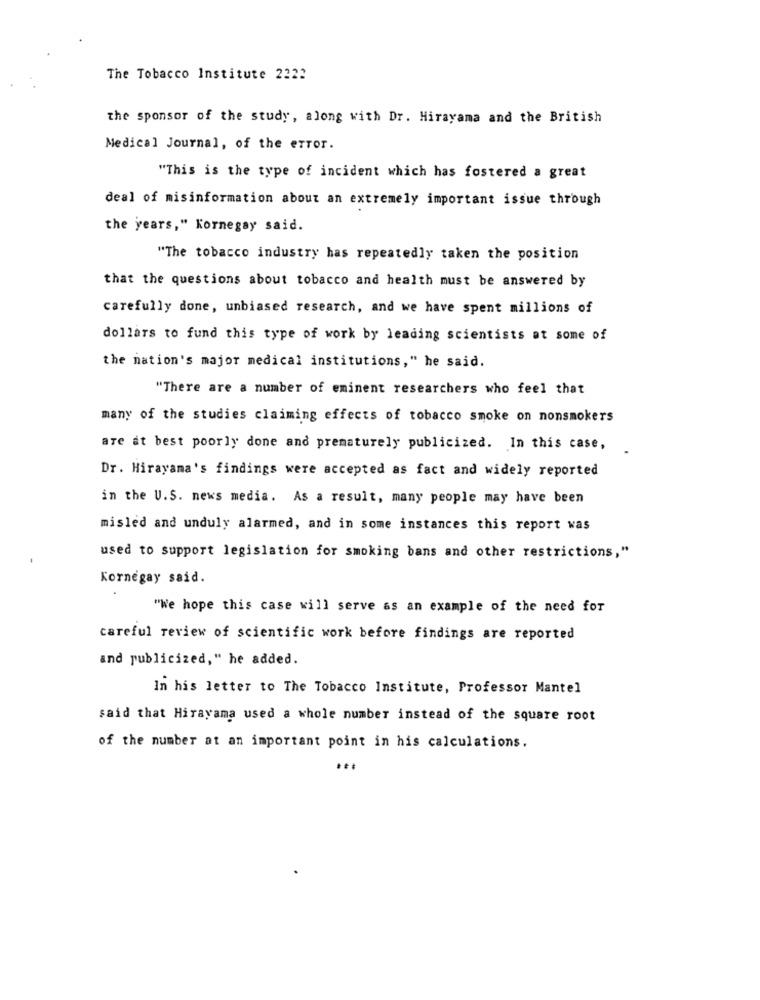
The Tobacco Institute 2222
the sponsor of the study, along with Dr. Hirayama and the British
Medical Journal, of the error.
"This is the type of incident which has fostered a great
deal of misinformation about an extremely important issue through
the years," Kornegay said.
"The tobacco industry has repeatedly taken the position
that the questions about tobacco and health must be answered by
carefully done, unbiased research, and we have spent millions of
dollars to fund this type of work by leading scientists at some of
the nation's major medical institutions," he said.
"There are a number of eminent researchers who feel that
many of the studies claiming effects of tobacco smoke on nonsmokers
are at best poorly done and prematurely publicized. In this case,
Dr. Hirayama's findings were accepted as fact and widely reported
in the U.S. news media. As a result, many people may have been
misled and unduly alarmed, and in some instances this report was
used to support legislation for smoking bans and other restrictions,"
Kornegay said.
"We hope this case will serve as an example of the need for
careful review of scientific work before findings are reported
and publicized," he added.
In his letter to The Tobacco Institute, Professor Mantel
said that Hirayama used a whole number instead of the square root
of the number at an important point in his calculations.
...